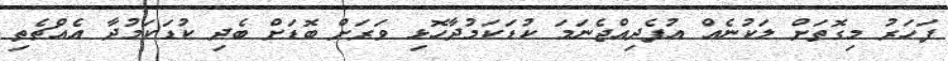
ފަހަރު މިގޮތަށް ލަކުނެއް އުފެދިއްޖެނަމަ ކުޑަކަމުދާހޮޅި ވަރަށް ބޮޑަށް ބެދި ކުޑަކަމުދާ އެއްޗެތި